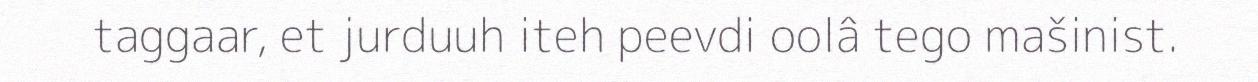
taggaar, et jurduuh iteh peevdi oolâ tego mašinist.